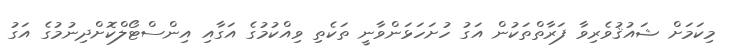
މިކަމަށް ޝައުޤުވެރިވާ ފަރާތްތަކުން އަގު ހުށަހަޅަންވާނީ ތަކެތި ވިއްކުމުގެ އަގާއި އިންސްޓޯލްކޮށްދިނުމުގެ އަގު